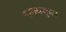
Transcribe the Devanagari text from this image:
राज्यकुल